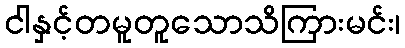
ငါနှင့်တမူတူသောသိကြားမင်း၊